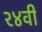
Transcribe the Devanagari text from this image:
२४वी